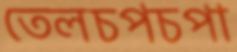
তেলচপচপা